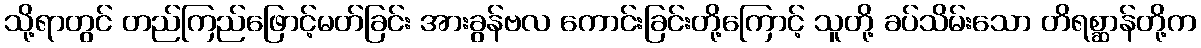
သို့ရာတွင် တည်ကြည်ဖြောင့်မတ်ခြင်း အားခွန်ဗလ ကောင်းခြင်းတို့ကြောင့် သူတို့ ခပ်သိမ်းသော တိရစ္ဆာန်တို့က